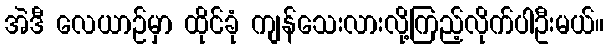
အဲဒီ လေယာဉ်မှာ ထိုင်ခုံ ကျန်သေးလားလို့ကြည့်လိုက်ပါဦးမယ်။